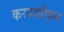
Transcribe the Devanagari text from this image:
करपाथीयन